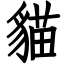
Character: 貓